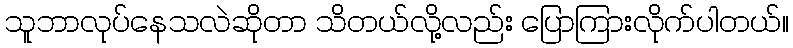
သူဘာလုပ်နေသလဲဆိုတာ သိတယ်လို့လည်း ပြောကြားလိုက်ပါတယ်။